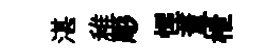
湛稚彫惺董枻